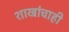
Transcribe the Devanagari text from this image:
शाखांचाही